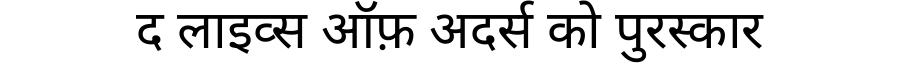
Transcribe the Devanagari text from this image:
द लाइव्स ऑफ़ अदर्स को पुरस्कार